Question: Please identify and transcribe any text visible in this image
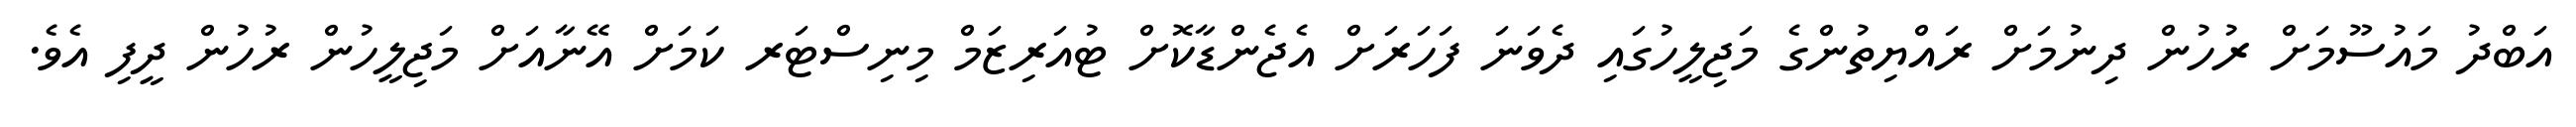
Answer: އަބްދު މައުސޫމަށް ރުހުން ދިނުމަށް ރައްޔިތުންގެ މަޖިލީހުގައި ދެވަނަ ފަހަރަށް އެޖެންޑާކޮށް ޓުއަރިޒަމް މިނިސްޓަރ ކަމަށް އޭނާއަށް މަޖިލީހުން ރުހުން ދީފި އެވެ.